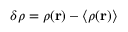
\delta \rho = \rho ( \mathbf { r } ) - \langle \rho ( \mathbf { r } ) \rangle